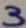
Text: 3